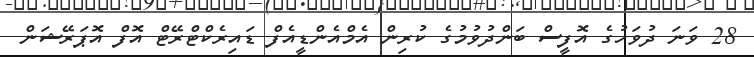
28 ވަނަ ދުވަހުގެ އޮފީސް ބަންދުވުމުގެ ކުރިން އެމްއެންޑީއެފް ޑައިރެކްޓްރޭޓް އޮފް އޮޕަރޭޝަން